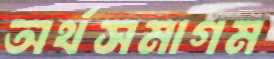
অর্থসমাগম